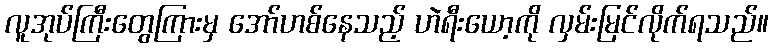
လူအုပ်ကြီးတွေကြားမှ အော်ဟစ်နေသည့် ဟဲရီးယော့ကို လှမ်းမြင်လိုက်ရသည်။